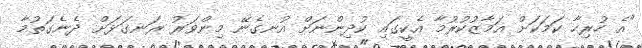
"އެ ހުރިހާ ކަމަކަށް އަމާޒުކުރުމާ އެކީގައި ކުދިންނަށް އުނގެނޭ މިންވަރު ރަނގަޅަށް ދެނެގަތުމާ